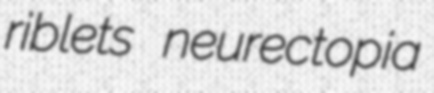
riblets neurectopia